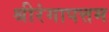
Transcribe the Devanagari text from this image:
श्रीरंगापत्तम